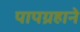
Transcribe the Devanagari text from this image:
पापग्रहाने